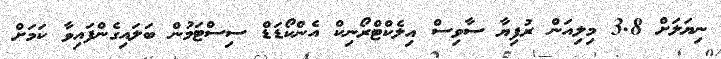
ނިޔަލަށް 3.8 މިލިއަން ރުފިޔާ ސާވިސް އިލެކްޓްރޯނިކް އެންކޯޑަޑް ސިސްޓަމުން ބަލައިގެންފައިވާ ކަމަށް